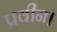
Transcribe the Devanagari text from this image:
प्रवीन।